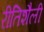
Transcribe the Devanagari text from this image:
रीतिशैली